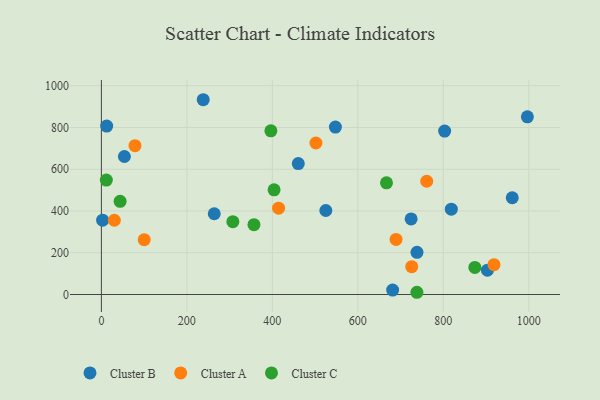
{"axis": {"x": "Distance", "y": "Salary"}, "legend": ["Cluster A", "Cluster B", "Cluster C"], "data": [{"x": "264.1", "y": 386.8, "type": "Cluster B"}, {"x": "12.4", "y": 806.7, "type": "Cluster B"}, {"x": "818.8", "y": 409.0, "type": "Cluster B"}, {"x": "53.8", "y": 661.2, "type": "Cluster B"}, {"x": "724.8", "y": 362.1, "type": "Cluster B"}, {"x": "238.3", "y": 933.1, "type": "Cluster B"}, {"x": "803.2", "y": 782.8, "type": "Cluster B"}, {"x": "460.7", "y": 627.2, "type": "Cluster B"}, {"x": "681.5", "y": 21.2, "type": "Cluster B"}, {"x": "996.8", "y": 851.1, "type": "Cluster B"}, {"x": "903.3", "y": 116.4, "type": "Cluster B"}, {"x": "2.9", "y": 356.1, "type": "Cluster B"}, {"x": "738.5", "y": 202.3, "type": "Cluster B"}, {"x": "961.4", "y": 463.4, "type": "Cluster B"}, {"x": "525.2", "y": 402.5, "type": "Cluster B"}, {"x": "547.6", "y": 802.2, "type": "Cluster B"}, {"x": "414.6", "y": 413.5, "type": "Cluster A"}, {"x": "761.3", "y": 542.5, "type": "Cluster A"}, {"x": "689.5", "y": 263.9, "type": "Cluster A"}, {"x": "918.7", "y": 142.8, "type": "Cluster A"}, {"x": "30.3", "y": 355.8, "type": "Cluster A"}, {"x": "78.6", "y": 712.8, "type": "Cluster A"}, {"x": "726.2", "y": 133.1, "type": "Cluster A"}, {"x": "100.2", "y": 262.5, "type": "Cluster A"}, {"x": "502.0", "y": 725.8, "type": "Cluster A"}, {"x": "738.3", "y": 10.7, "type": "Cluster C"}, {"x": "43.8", "y": 446.5, "type": "Cluster C"}, {"x": "873.9", "y": 129.9, "type": "Cluster C"}, {"x": "307.6", "y": 349.1, "type": "Cluster C"}, {"x": "396.6", "y": 783.9, "type": "Cluster C"}, {"x": "11.6", "y": 548.4, "type": "Cluster C"}, {"x": "667.1", "y": 535.0, "type": "Cluster C"}, {"x": "404.1", "y": 501.6, "type": "Cluster C"}, {"x": "357.0", "y": 334.7, "type": "Cluster C"}]}